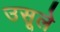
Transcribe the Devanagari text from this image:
उसूले